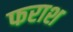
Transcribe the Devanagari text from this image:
फराश